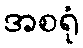
အစရုံ